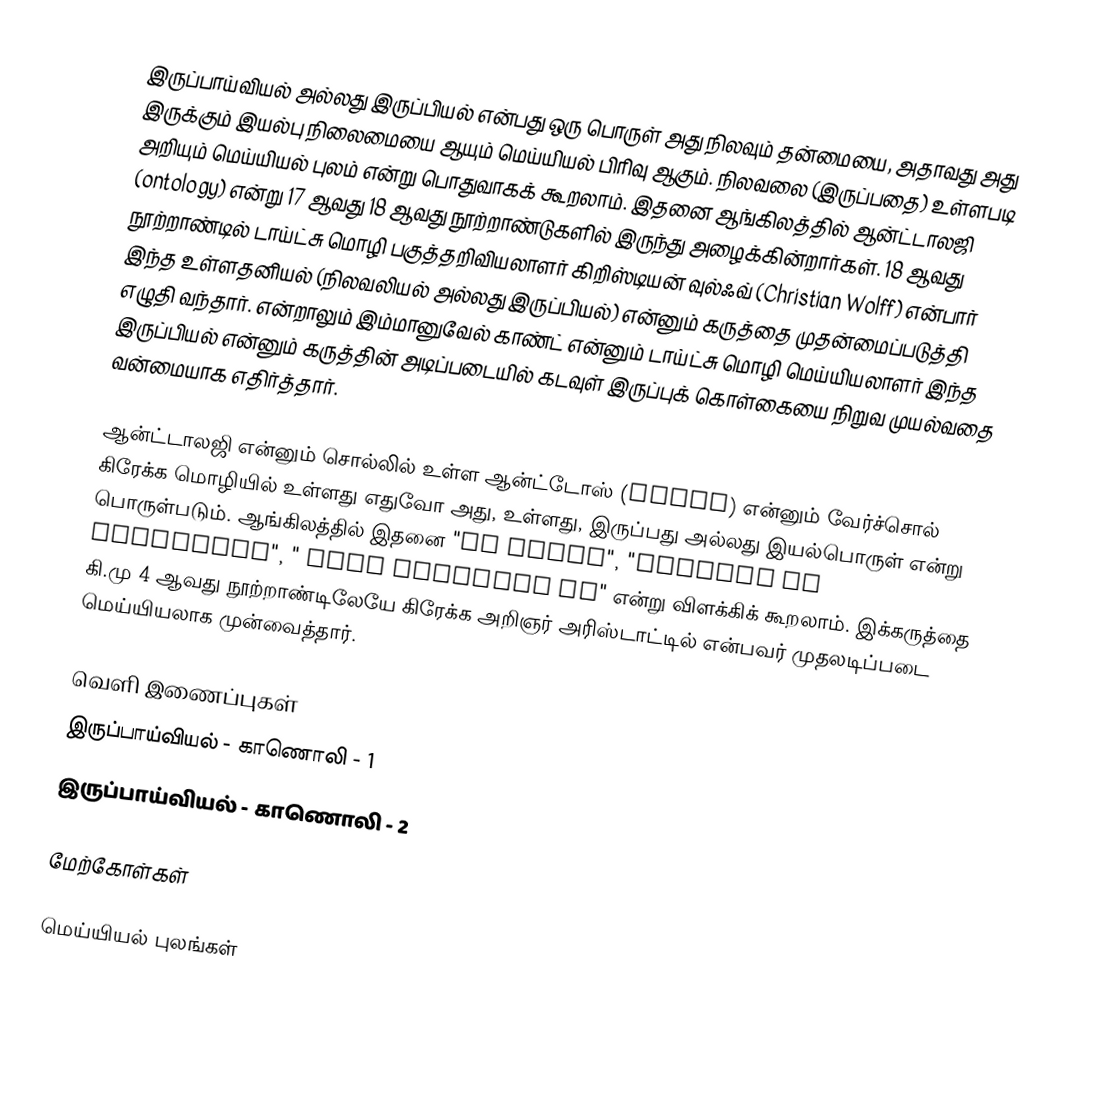
இருப்பாய்வியல் அல்லது இருப்பியல் என்பது ஒரு பொருள் அது நிலவும் தன்மையை, அதாவது அது இருக்கும் இயல்பு நிலைமையை ஆயும் மெய்யியல் பிரிவு ஆகும். நிலவலை (இருப்பதை) உள்ளபடி அறியும் மெய்யியல் புலம் என்று பொதுவாகக் கூறலாம். இதனை ஆங்கிலத்தில் ஆன்ட்டாலஜி (ontology) என்று 17 ஆவது 18 ஆவது நூற்றாண்டுகளில் இருந்து அழைக்கின்றார்கள். 18 ஆவது நூற்றாண்டில் டாய்ட்சு மொழி பகுத்தறிவியலாளர் கிறிஸ்டியன் வுல்ஃவ் (Christian Wolff) என்பார் இந்த உள்ளதனியல் (நிலவலியல் அல்லது இருப்பியல்) என்னும் கருத்தை முதன்மைப்படுத்தி எழுதி வந்தார். என்றாலும் இம்மானுவேல் காண்ட் என்னும் டாய்ட்சு மொழி மெய்யியலாளர் இந்த இருப்பியல் என்னும் கருத்தின் அடிப்படையில் கடவுள் இருப்புக் கொள்கையை நிறுவ முயல்வதை வன்மையாக எதிர்த்தார்.

ஆன்ட்டாலஜி என்னும் சொல்லில் உள்ள ஆன்ட்டோஸ் (ontos) என்னும் வேர்ச்சொல் கிரேக்க மொழியில் உள்ளது எதுவோ அது, உள்ளது, இருப்பது அல்லது இயல்பொருள் என்று பொருள்படும். ஆங்கிலத்தில் இதனை "on being", "essence of existence", " what actually is" என்று விளக்கிக் கூறலாம். இக்கருத்தை கி.மு 4 ஆவது நூற்றாண்டிலேயே கிரேக்க அறிஞர் அரிஸ்டாட்டில் என்பவர் முதலடிப்படை மெய்யியலாக முன்வைத்தார்.

வெளி இணைப்புகள்
 இருப்பாய்வியல் - காணொலி - 1
  இருப்பாய்வியல் - காணொலி - 2

மேற்கோள்கள்

மெய்யியல் புலங்கள்